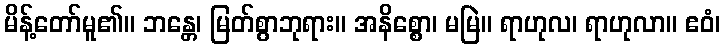
မိန့်တော်မူ၏။ ဘန္တေ၊ မြတ်စွာဘုရား။ အနိစ္စော၊ မမြဲ။ ရာဟုလ၊ ရာဟုလာ။ ဧဝံ၊